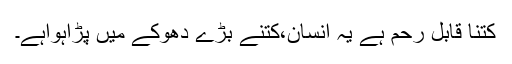
کتنا قابل رحم ہے یہ انسان،کتنے بڑے دھوکے میں پڑاہواہے۔